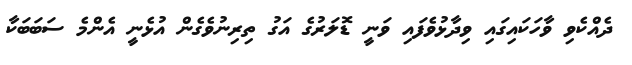
ދެއްކެވި ވާހަކައިގައި ވިދާޅުވެފައި ވަނީ ޑޮލަރުގެ އަގު ތިރިނުވެގެން އުޅެނީ އެންމެ ސަބަބަކާ